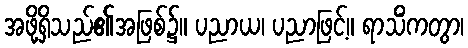
အဖို့ရှိသည်၏အဖြစ်၌။ ပညာယ၊ ပညာဖြင့်။ ရာသိံကတွာ၊